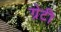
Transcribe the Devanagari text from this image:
ग्रेटी